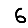
Digit: 6